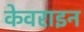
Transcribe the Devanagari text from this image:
केवराइन